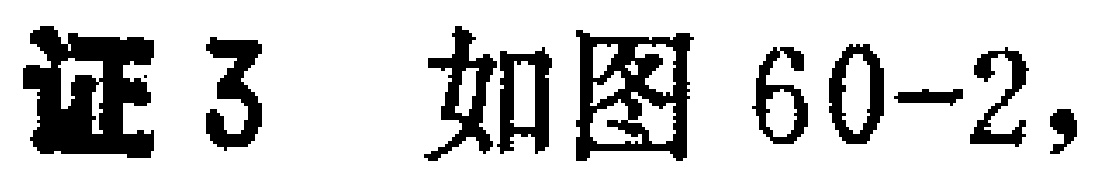
证3 如图60-2,